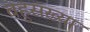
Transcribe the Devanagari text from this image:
बहुसंख्‍या